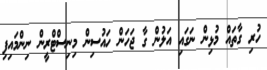
ހުރި ގާތައް މުޅިން ނަގައި އަލުން ގާ ޖަހަން ހައުސިން މިނިސްޓްރީން ނިންމައިފި